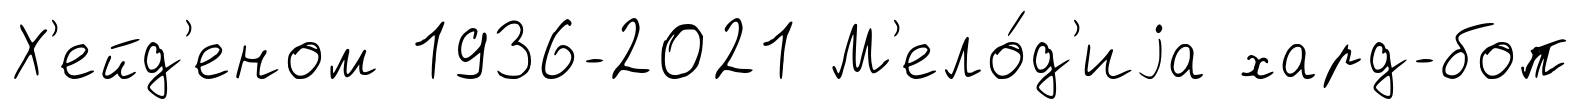
Х'ейд'еном 1936-2021 М'ело́д'иjа хард-боп